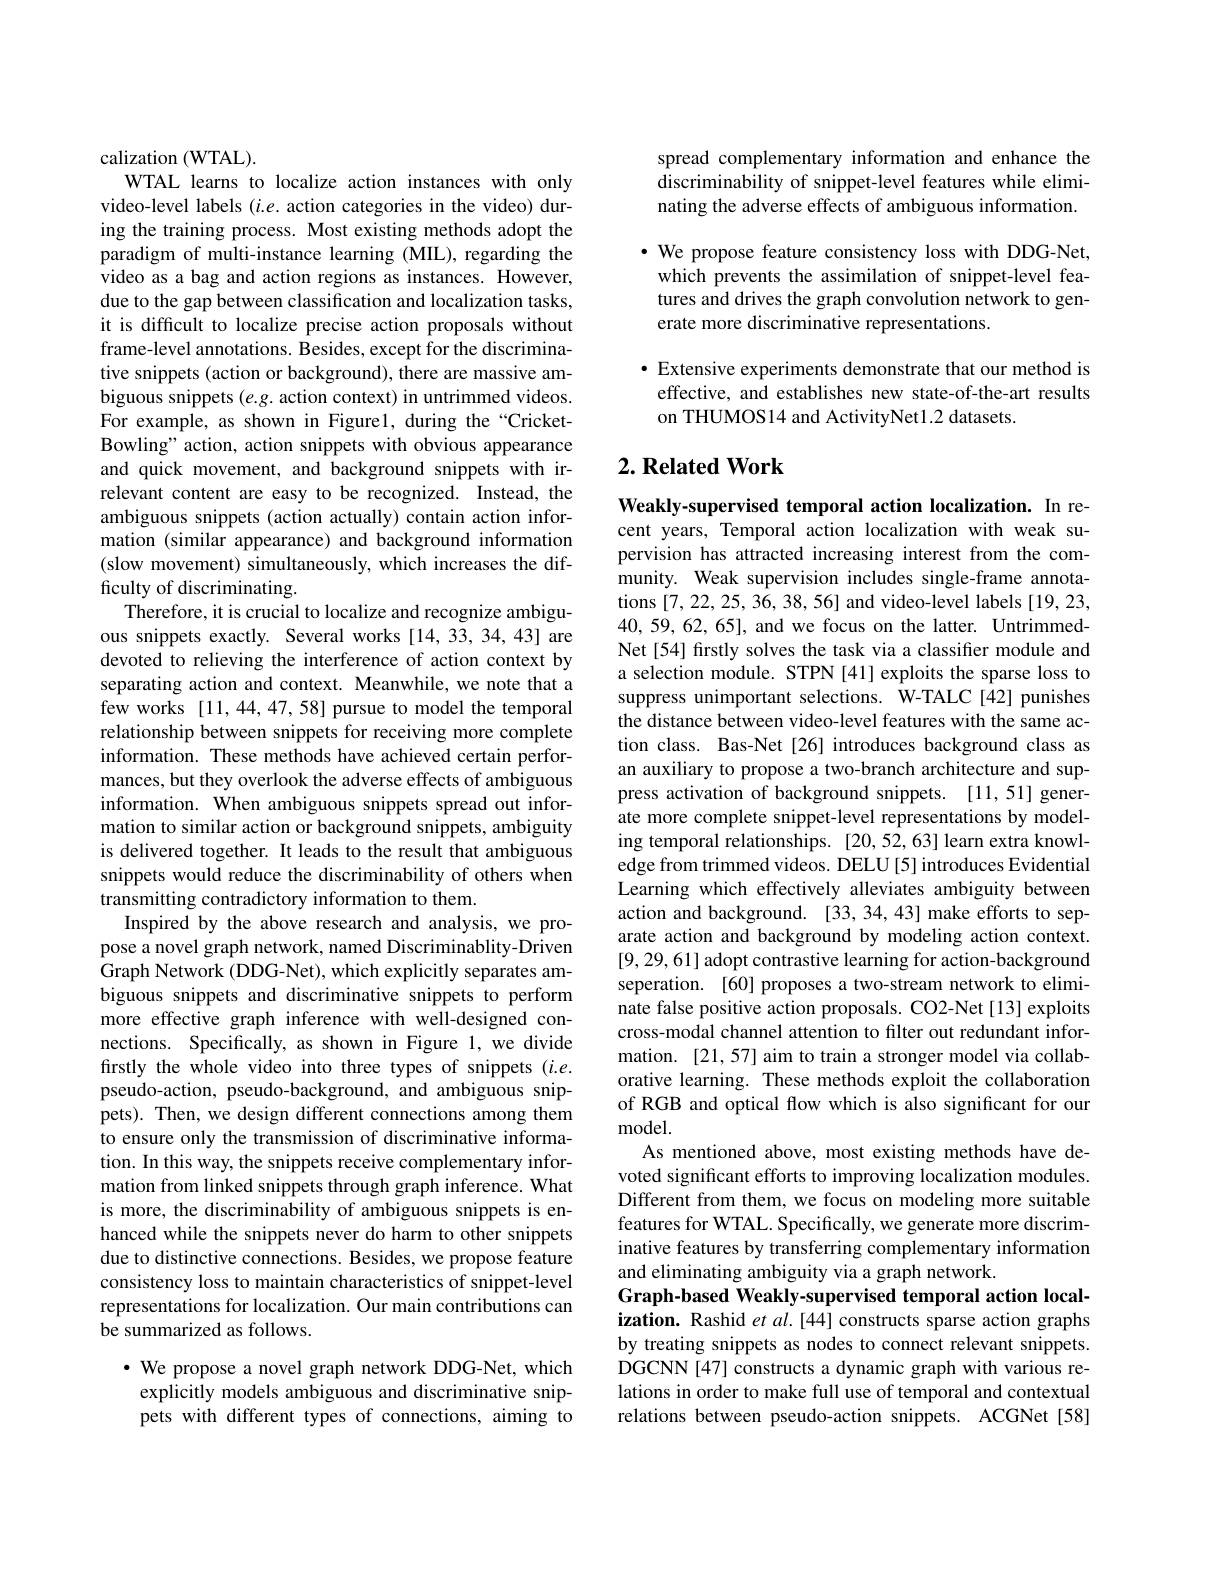
calization (WTAL).
WTAL learns to localize action instances with only video-level labels $(i.e.$ action categories in the video) during the training process. Most existing methods adopt the paradigm of multi-instance learning (MIL), regarding the video as a bag and action regions as instances. However, due to the gap between classification and localization tasks, it is difficult to localize precise action proposals without frame-level annotations. Besides, except for the discriminative snippets (action or background), there are massive ambiguous snippets $(e.g.$ action context) in untrimmed videos. For example, as shown in Figure1, during the“CricketBowling" action, action snippets with obvious appearance and quick movement, and background snippets with irrelevant content are easy to be recognized. Instead, the ambiguous snippets (action actually) contain action information (similar appearance) and background information (slow movement) simultaneously, which increases the difficulty of discriminating.
Therefore, it is crucial to localize and recognize ambiguous snippets exactly. Several works [14,33,34,43] are devoted to relieving the interference of action context by separating action and context. Meanwhile, we note that a few works [11,44,47,58] pursue to model the temporal relationship between snippets for receiving more complete information. These methods have achieved certain performances, but they overlook the adverse effects of ambiguous information. When ambiguous snippets spread out information to similar action or background snippets, ambiguity is delivered together. It leads to the result that ambiguous snippets would reduce the discriminability of others when transmitting contradictory information to them.
Inspired by the above research and analysis, we propose a novel graph network, named Discriminablity-Driven Graph Network (DDG-Net), which explicitly separates ambiguous snippets and discriminative snippets to perform more effective graph inference with well-designed connections. Specifically, as shown in Figure 1, we divide firstly the whole video into three types of snippets (i.e. pseudo-action, pseudo-background, and ambiguous snippets). Then, we design different connections among them to ensure only the transmission of discriminative information. In this way, the snippets receive complementary information from linked snippets through graph inference. What is more, the discriminability of ambiguous snippets is enhanced while the snippets never do harm to other snippets due to distinctive connections. Besides, we propose feature consistency loss to maintain characteristics of snippet-level representations for localization. Our main contributions can be summarized as follows.
$\cdot$ We propose a novel graph network DDG-Net, which explicitly models ambiguous and discriminative snip-

pets with different types of connections, aiming to

spread complementary information and enhance the discriminability of snippet-level features while eliminating the adverse effects of ambiguous information.

$\cdot$ We propose feature consistency loss with DDG-Net, which prevents the assimilation of snippet-level features and drives the graph convolution network to generate more discriminative representations.

· Extensive experiments demonstrate that our method is effective, and establishes new state-of-the-art results on THUMOS14 and ActivityNet1.2 datasets.

## $2. \textbf{Related Work}$

Weakly-supervised temporal action localization. In recent years, Temporal action localization with weak supervision has attracted increasing interest from the community. Weak supervision includes single-frame annotations [7,22,25,36,38,56] and video-level labels [19,23, 40,59,62,65], and we focus on the latter. UntrimmedNet [54] firstly solves the task via a classifier module and a selection module. STPN [41] exploits the sparse loss to suppress unimportant selections. W-TALC[42] punishes the distance between video-level features with the same action class. Bas-Net [26] introduces background class as an auxiliary to propose a two-branch architecture and suppress activation of background snippets. [11,51] generate more complete snippet-level representations by modeling temporal relationships. [20,52,63] learn extra knowledge from trimmed videos. DELU[5] introduces Evidential Learning which effectively alleviates ambiguity between action and background. [33,34,43] make efforts to separate action and background by modeling action context. [9,29,61] adopt contrastive learning for action-background seperation. [60] proposes a two-stream network to eliminate false positive action proposals. CO2-Net[13] exploits cross-modal channel attention to filter out redundant information. [21,57] aim to train a stronger model via collaborative learning. These methods exploit the collaboration of RGB and optical flow which is also significant for our ${\mathrm{model}}.$
As mentioned above, most existing methods have devoted significant efforts to improving localization modules. Different from them, we focus on modeling more suitable features for WTAL. Specifically, we generate more discriminative features by transferring complementary information and eliminating ambiguity via a graph network.
Graph-based Weakly-supervised temporal action localization. Rashid et al.[44] constructs sparse action graphs by treating snippets as nodes to connect relevant snippets. DGCNN [47] constructs a dynamic graph with various relations in order to make full use of temporal and contextual relations between pseudo-action snippets. ACGNet[58]